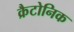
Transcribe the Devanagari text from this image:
क्रैटोनिक